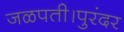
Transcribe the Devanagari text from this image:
जळपती।पुरंदर